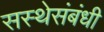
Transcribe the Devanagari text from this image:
सस्थेसंबंधी